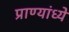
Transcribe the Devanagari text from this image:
प्राण्यांध्ये